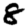
Digit: 8